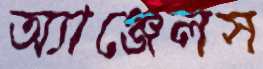
অ্যাঞ্জেলস